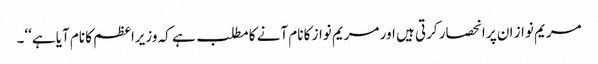
مریم نواز ان پر انحصار کرتی ہیں اور مریم نواز کا نام آنے کا مطلب ہے کہ وزیراعظم کا نام آیا ہے‘‘۔